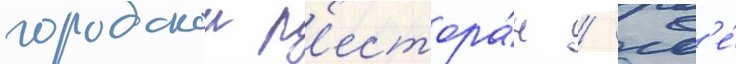
городскои р'естора́н / гд'е́